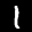
Label: 1